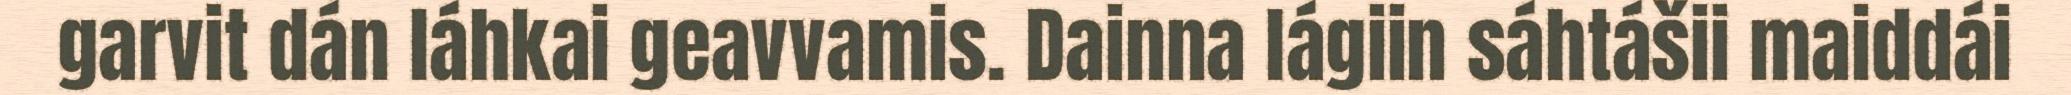
garvit dán láhkai geavvamis. Dainna lágiin sáhtášii maiddái